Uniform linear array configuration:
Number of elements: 12
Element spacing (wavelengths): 0.25
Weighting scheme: uniform
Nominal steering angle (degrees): -30
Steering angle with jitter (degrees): -30.031
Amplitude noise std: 0.05
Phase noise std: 0.05

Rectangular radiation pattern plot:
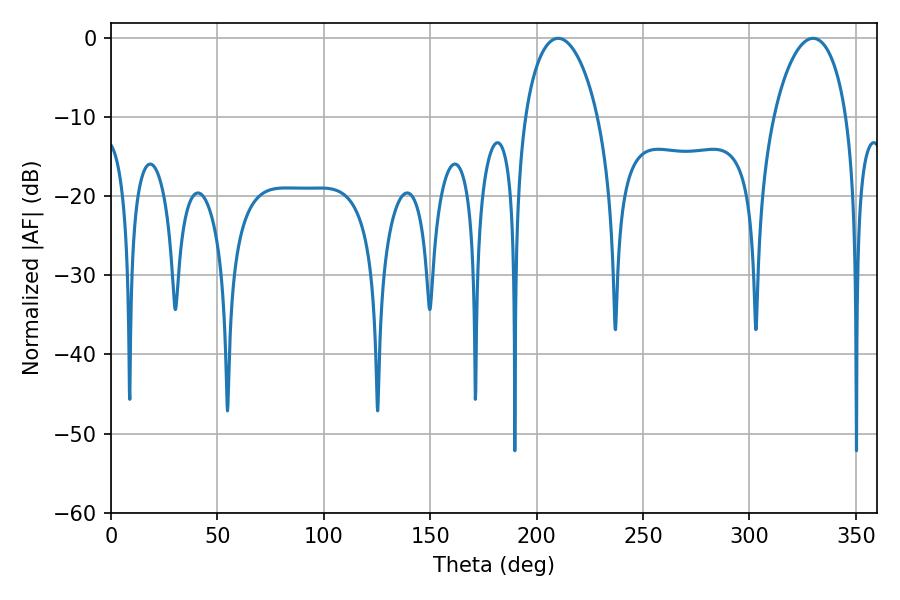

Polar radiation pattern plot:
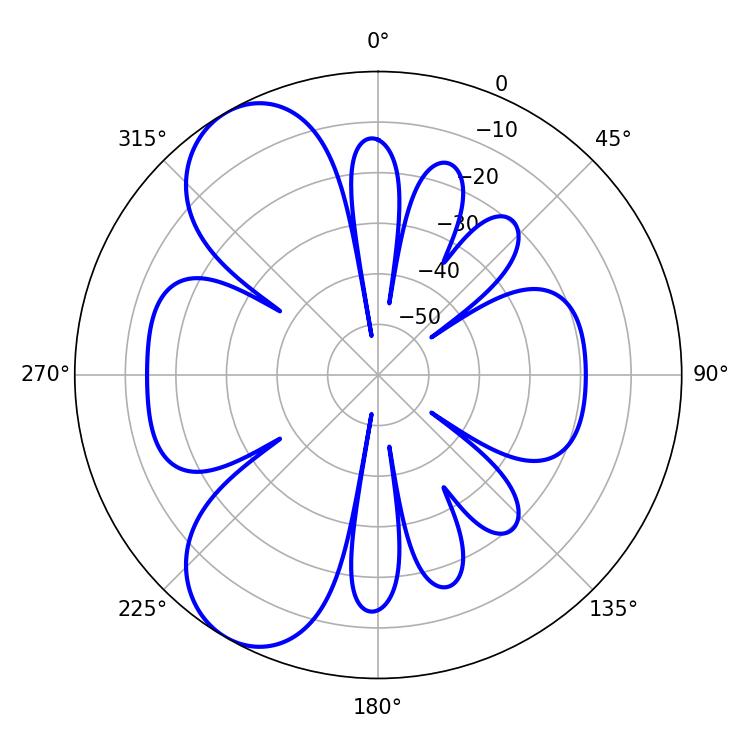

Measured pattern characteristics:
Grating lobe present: FALSE
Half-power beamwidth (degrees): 19.62
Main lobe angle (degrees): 210.06